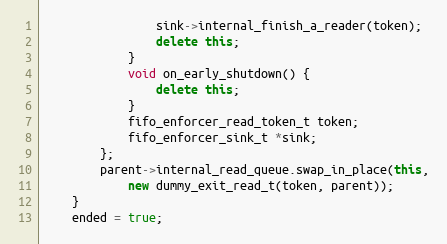
Language: C++
                sink->internal_finish_a_reader(token);
                delete this;
            }
            void on_early_shutdown() {
                delete this;
            }
            fifo_enforcer_read_token_t token;
            fifo_enforcer_sink_t *sink;
        };
        parent->internal_read_queue.swap_in_place(this,
            new dummy_exit_read_t(token, parent));
    }
    ended = true;